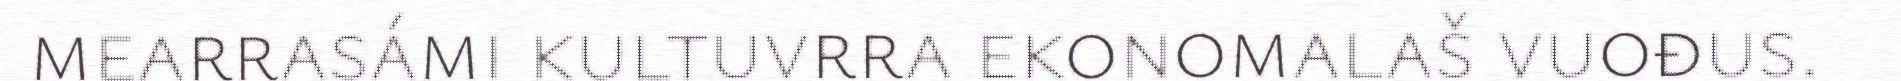
mearrasámi kultuvrra ekonomalaš vuođus.